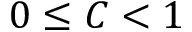
0 \leq C < 1